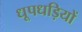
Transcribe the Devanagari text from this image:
धूपधड़ियों